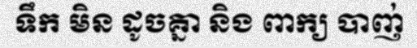
ទឹក មិន ដូចគ្នា និង ពាក្យ បាញ់